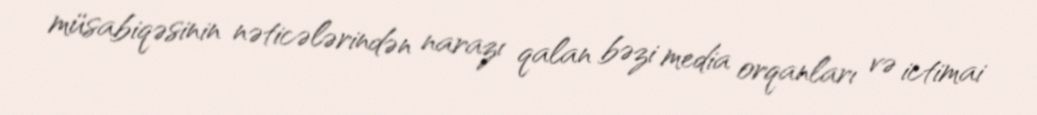
müsabiqəsinin nəticələrindən narazı qalan bəzi media orqanları və ictimai